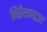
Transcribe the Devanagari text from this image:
निरीक्षणप्रज्ञा